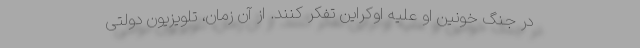
در جنگ خونین او علیه اوکراین تفکر کنند. از آن زمان، تلویزیون دولتی